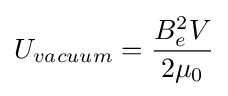
U_{vacuum}={\frac {B_{e}^{2}V}{2\mu _{0}}}